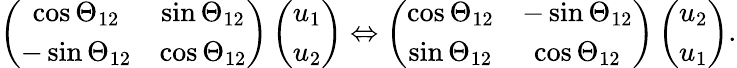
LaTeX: \begin{array}{r}{\left(\begin{array}{cc}{\cos\Theta_{12}}&{\sin\Theta_{12}}\\ {-\sin\Theta_{12}}&{\cos\Theta_{12}}\end{array}\right)\left(\begin{array}{c}{u_{1}}\\ {u_{2}}\end{array}\right)\Leftrightarrow\left(\begin{array}{cc}{\cos\Theta_{12}}&{-\sin\Theta_{12}}\\ {\sin\Theta_{12}}&{\cos\Theta_{12}}\end{array}\right)\left(\begin{array}{c}{u_{2}}\\ {u_{1}}\end{array}\right).}\end{array}